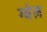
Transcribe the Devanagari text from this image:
ग्वेल